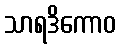
သာရဒိကောဝ